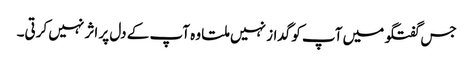
جس گفتگو میں آپ کو گداز نہیں ملتا وہ آپ کے دل پر اثر نہیں کرتی۔